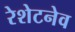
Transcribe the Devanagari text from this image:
रेशेटनेव